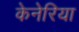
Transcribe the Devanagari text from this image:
केनेरिया